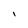
Character: l